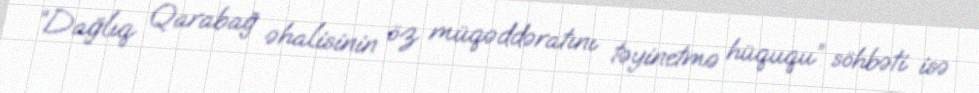
“Dağlıq Qarabağ əhalisinin öz müqəddəratını təyinetmə hüququ” söhbəti isə